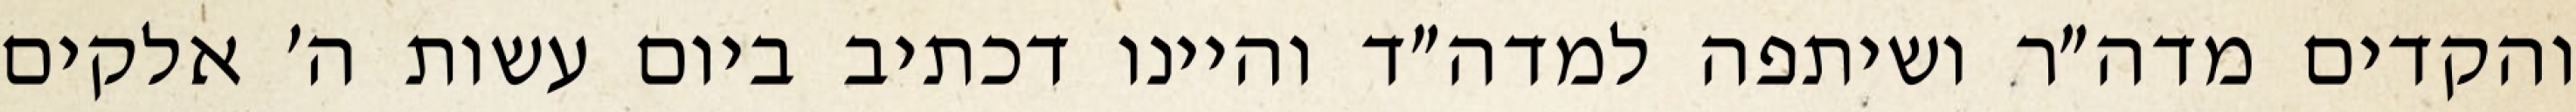
והקדים מדה״ר ושיתפה למדה״ד והיינו דכתיב ביום עשות ה׳ אלקים